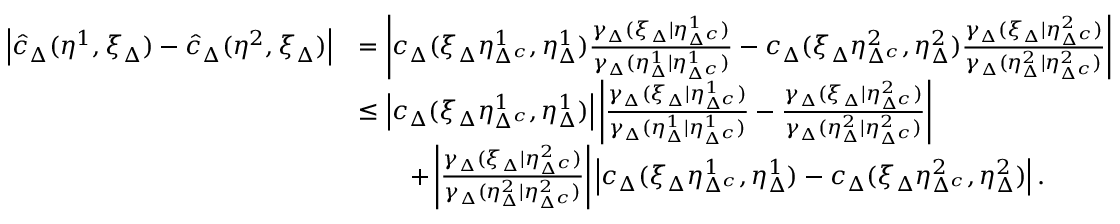
\begin{array} { r l } { \left\lvert \hat { c } _ { \Delta } ( \eta ^ { 1 } , \xi _ { \Delta } ) - \hat { c } _ { \Delta } ( \eta ^ { 2 } , \xi _ { \Delta } ) \right\rvert } & { = \left\lvert c _ { \Delta } ( \xi _ { \Delta } \eta _ { \Delta ^ { c } } ^ { 1 } , \eta _ { \Delta } ^ { 1 } ) \frac { \gamma _ { \Delta } ( \xi _ { \Delta } \lvert \eta _ { \Delta ^ { c } } ^ { 1 } ) } { \gamma _ { \Delta } ( \eta _ { \Delta } ^ { 1 } \lvert \eta _ { \Delta ^ { c } } ^ { 1 } ) } - c _ { \Delta } ( \xi _ { \Delta } \eta _ { \Delta ^ { c } } ^ { 2 } , \eta _ { \Delta } ^ { 2 } ) \frac { \gamma _ { \Delta } ( \xi _ { \Delta } \lvert \eta _ { \Delta ^ { c } } ^ { 2 } ) } { \gamma _ { \Delta } ( \eta _ { \Delta } ^ { 2 } \lvert \eta _ { \Delta ^ { c } } ^ { 2 } ) } \right\rvert } \\ { \ } & { \leq \left\lvert c _ { \Delta } ( \xi _ { \Delta } \eta _ { \Delta ^ { c } } ^ { 1 } , \eta _ { \Delta } ^ { 1 } ) \right\rvert \left\lvert \frac { \gamma _ { \Delta } ( \xi _ { \Delta } \lvert \eta _ { \Delta ^ { c } } ^ { 1 } ) } { \gamma _ { \Delta } ( \eta _ { \Delta } ^ { 1 } \lvert \eta _ { \Delta ^ { c } } ^ { 1 } ) } - \frac { \gamma _ { \Delta } ( \xi _ { \Delta } \lvert \eta _ { \Delta ^ { c } } ^ { 2 } ) } { \gamma _ { \Delta } ( \eta _ { \Delta } ^ { 2 } \lvert \eta _ { \Delta ^ { c } } ^ { 2 } ) } \right\rvert } \\ { \ } & { \qquad + \left\lvert \frac { \gamma _ { \Delta } ( \xi _ { \Delta } \lvert \eta _ { \Delta ^ { c } } ^ { 2 } ) } { \gamma _ { \Delta } ( \eta _ { \Delta } ^ { 2 } \lvert \eta _ { \Delta ^ { c } } ^ { 2 } ) } \right\rvert \left\lvert c _ { \Delta } ( \xi _ { \Delta } \eta _ { \Delta ^ { c } } ^ { 1 } , \eta _ { \Delta } ^ { 1 } ) - c _ { \Delta } ( \xi _ { \Delta } \eta _ { \Delta ^ { c } } ^ { 2 } , \eta _ { \Delta } ^ { 2 } ) \right\rvert . } \end{array}